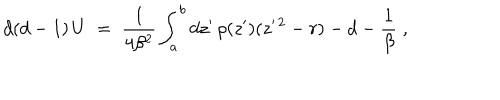
d ( d - 1 ) \, U \; = \; { \frac { 1 } { 4 \beta ^ { 2 } } } \int _ { a } ^ { b } d z ^ { \prime } \, \rho ( z ^ { \prime } ) ( z ^ { \prime \, 2 } - r ) - d - { \frac { 1 } { \beta } } \; ,